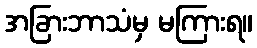
အခြားဘာသံမှ မကြားရ။